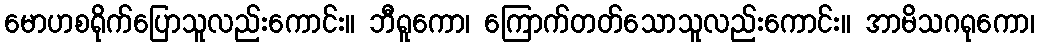
မောဟစရိုက်ပြောသူလည်းကောင်း။ ဘီရူကော၊ ကြောက်တတ်သောသူလည်းကောင်း။ အာမိသဂရုကော၊